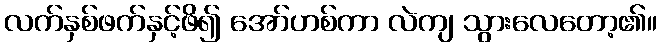
လက်နှစ်ဖက်နှင့်ဖိ၍ အော်ဟစ်ကာ လဲကျ သွားလေတော့၏။